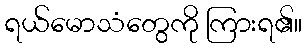
ရယ်မောသံတွေကို ကြားရ၏။